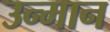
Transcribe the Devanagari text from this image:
उन्मान